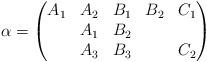
LaTeX: \begin{align*}\alpha = \begin{pmatrix}A_1 & A_2 & B_1 & B_2 & C_1\\ & A_1 & B_2 & \\ & A_3 & B_3 & & C_2\end{pmatrix}\end{align*}